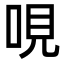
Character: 哯